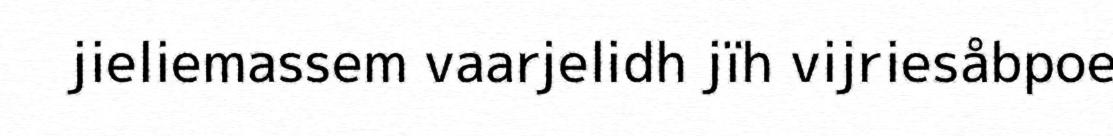
jieliemassem vaarjelidh jïh vijriesåbpoe